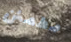
مطمئن